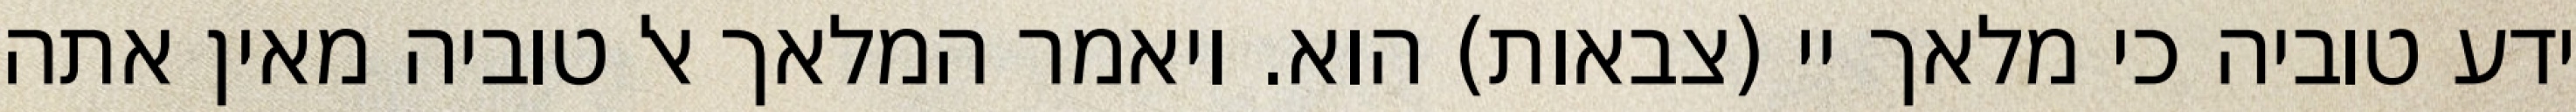
ידע טוביה כי מלאך יי (צבאות) הוא. ויאמר המלאך אל טוביה מאין אתה